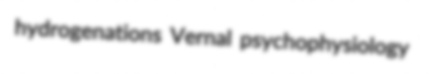
hydrogenations Vernal psychophysiology